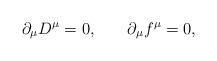
LaTeX: \begin{align*}\partial_{\mu} D^{\mu} =0,\,\,\,\,\,\,\,\,\,\,\,\partial_{\mu}f^{\mu}=0,\end{align*}